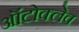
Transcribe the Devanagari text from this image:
ऑटोक्‍लेव